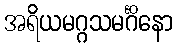
အရိယမဂ္ဂသမင်္ဂိနော